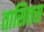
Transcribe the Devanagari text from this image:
तासितस